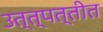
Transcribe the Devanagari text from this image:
उत्त्पत्तीत